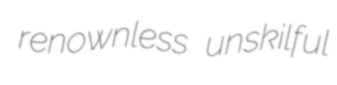
renownless unskilful